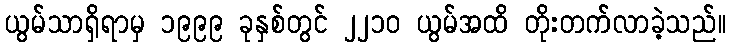
ယွမ်သာရှိရာမှ ၁၉၉၉ ခုနှစ်တွင် ၂၂၁၀ ယွမ်အထိ တိုးတက်လာခဲ့သည်။